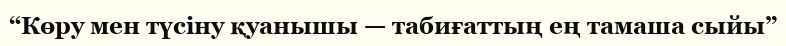
“Көру мен түсіну қуанышы — табиғаттың ең тамаша сыйы”